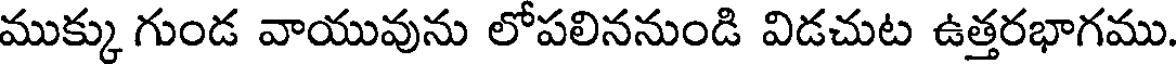
ముక్కు గుండ వాయువును లోపలిననుండి విడచుట ఉత్తరభాగము.